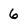
Character: 6